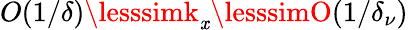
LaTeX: O(1/\delta)\lesssimk_{\mathit{x}}\lesssimO(1/\delta_{\nu})